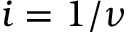
i = 1 / \nu